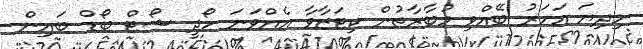
މިދިޔަ އަހަރު ބޭއްވި މުބާރާތުން ކިޓަޒާވާ އެއްވަނަ ހޯދީ ޝޯޓް ބޯޑް ބައިން